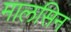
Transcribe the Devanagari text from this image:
मालसिन